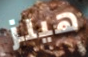
هيلز